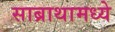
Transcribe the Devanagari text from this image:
साब्राथामध्ये